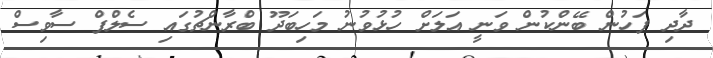
ދާދި ފަހުން ބޭންކުން ވަނީ އަލަށް ހުޅުވުނު މަހިބަދޫ ބްރާންޗުގައި ސެލްފް ސާވިސް